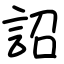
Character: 詔